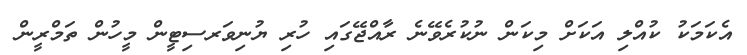
އެކަމަކު ކުއްލި އަކަށް މިކަން ނުކުރެވޭނެ ރާއްޖޭގައި ހުރި ޔުނިވަރސިޓީން މީހުން ތަމްރީން